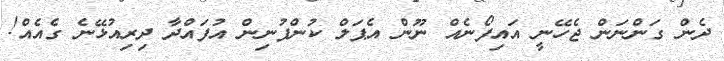
ދެން ގަންނަން ޖެހޭނީ އައިފޯނެއް ނޫން އެޕަލް ކުންފުނިން އުފައްދާ ދިރިއުޅޭނެ ގެއެއް!